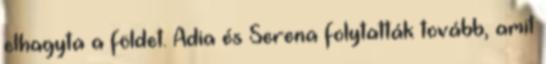
elhagyta a földet. Adia és Serena folytatták tovább, amit